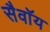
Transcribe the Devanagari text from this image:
सैवॉय